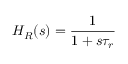
H _ { R } ( s ) = \frac { 1 } { 1 + s \tau _ { r } }